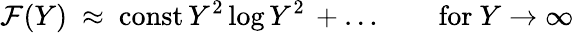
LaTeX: {\cal F}(Y)~\approx~\mathrm{const}\, Y^{2}\log{Y^{2}}\, +\ldots\qquad\mathrm{for~}Y\to\infty